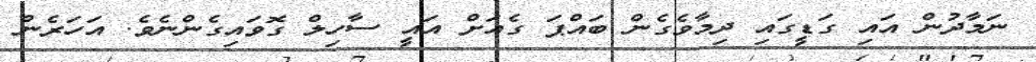
ނަމާދުން އައި ގަޑީގައި ދިމާވެގެން ބައްޕަ ގެއަށް އައީ ސާހިލް ގޮވައިގެންނެވެ. އަހަރެން